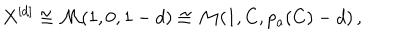
X ^ { [ d ] } \cong \mathcal { M } ( 1 , 0 , 1 - d ) \cong \mathcal { M } ( 1 , C , p _ { a } ( C ) - d ) \, ,